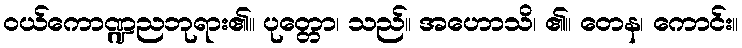
ဝယ်ကောဏ္ဍညဘုရား၏။ ပုတ္တော၊ သည်။ အဟောသိ၊ ၏။ တေန၊ ကောင်း။